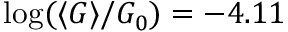
\log ( \langle G \rangle / G _ { 0 } ) = - 4 . 1 1